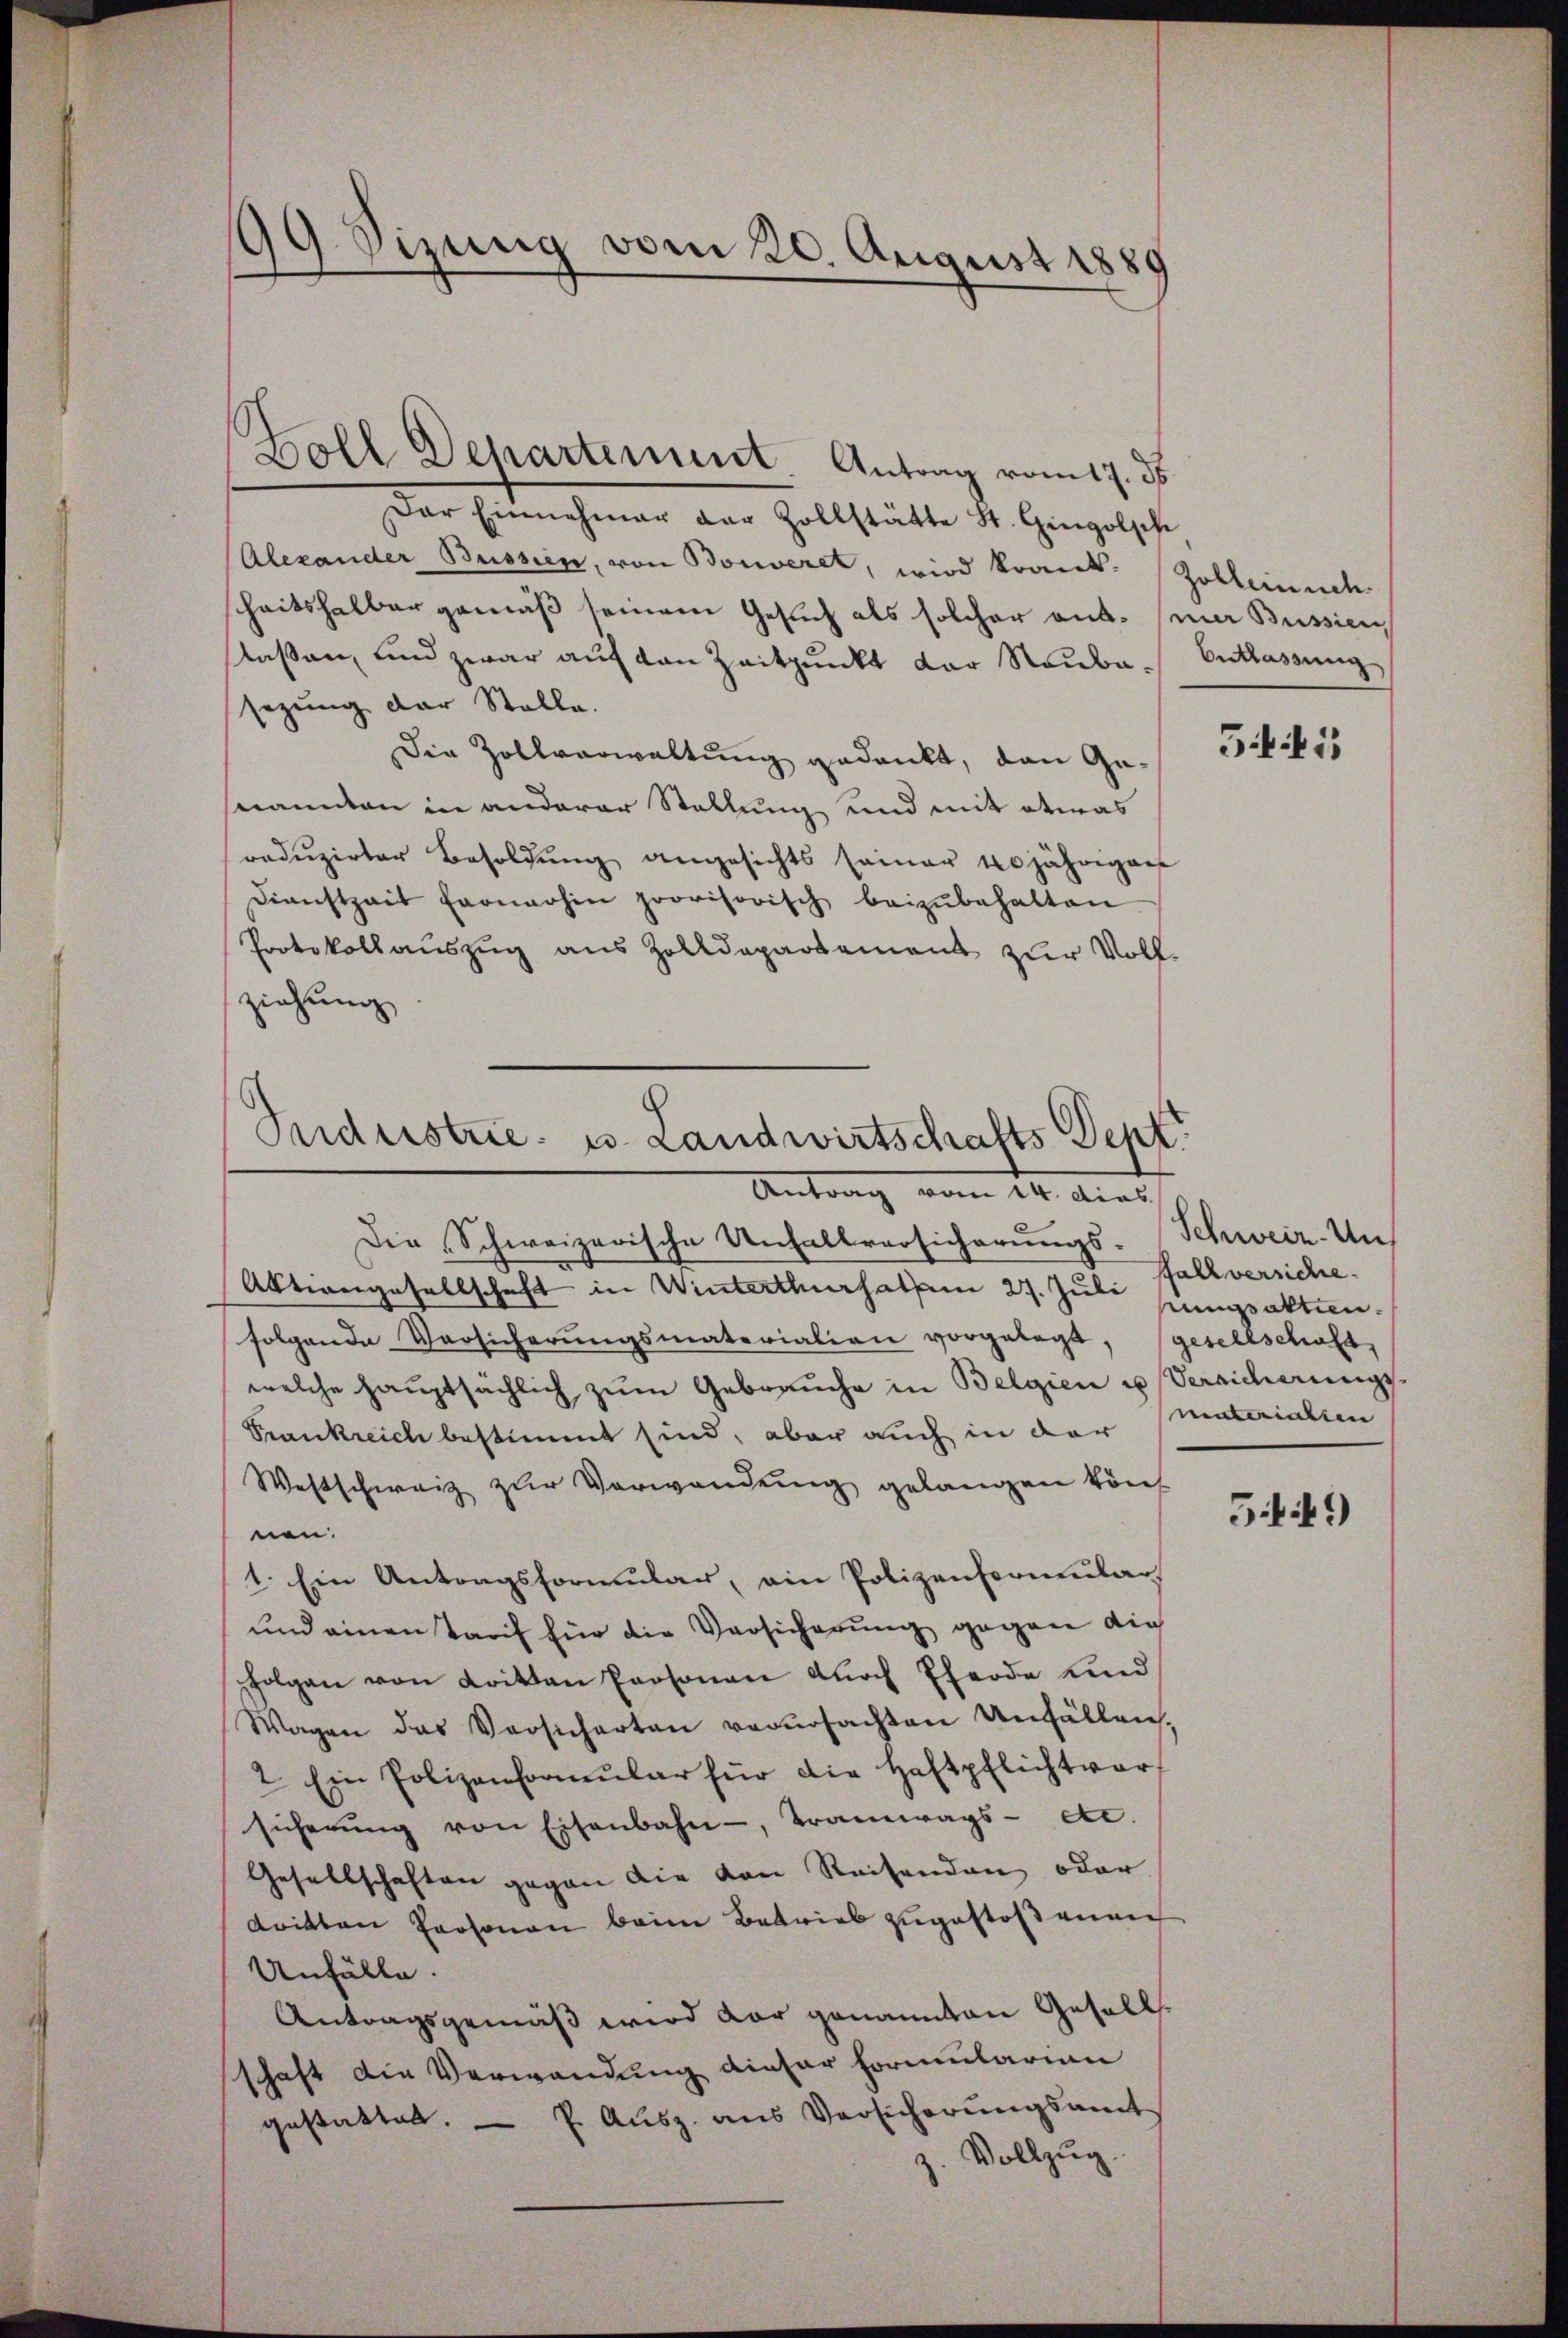
99. Sizung vom 20. August 1889

Der Einnehmer der Zollstätte St. Gingolsche
Alexander Bussen, von Bonveret, wird konnt. Zolleinsch
scheitshalber gemäß seinem Gesuch als solcher aus- in Büssen
laßen, und zwar auf den Zeitpunkt der Raubasezung der Stelle.
Die Zollverwaltung gedankt, den Ge-
nannten in anderer Stellung und mit etwas
reduzirter Besoldung angesichts seiner 10jährigen
Dienstzeit fernerhin provisorisch beizŭbehalten.
Protokollauszug aus Zolldepartement zur Vollziehung

Foll Departement. Antrag vom 17. ds

Industrie u. Landwirtschafts Dept.
Antrag vom 14. dies

Die Schweizerische Unfallversicherungs- Schweiz. Uns
Aktiengesellschaft in Winterthurhalten 27. Juli spalten.
folgende Versicherŭngsmaterialien vorgelegt, gesellschaft,
welche hauptsächlich zum Gebrauche in Belgien u Versicherungs¬
Frankreich bestimmt sind, aber auch in der
Westschweiz zur Verwendung gelangen könf
nen.
1. Ein Antragsformular, ein Polizenformulars
und einen Tarif für die Versicherung gegen die
folgen von Litten Personen durch Pferde und
Wagen das Versicherten verŭrsachten Unfällen,
2. Ein Polizenformŭlar für die Haftpflichtver-
sicherŭng von Eisenbahn, Tramwags- etc.
Gesellschaften gegen die von Reisenden oder
dritten Personen beim Betrieb zugestoßene
Unfälle.
Antragsgemäß wird dar genannten Gesellschaft die Verwendung dieser Formularian
gestatten. — P. Ausz. aus Versicherungsamt
z. Vollzug.

Entlassung

545

Fall versiche
materischen

549)